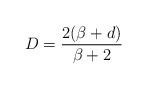
LaTeX: \begin{align*}D=\frac{2(\beta+d)}{\beta+2}\end{align*}